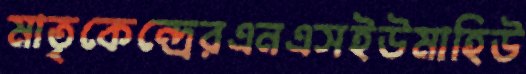
মাতৃকেন্দ্রেরএনএসইউমাহিউ